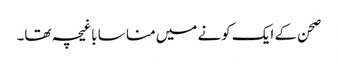
صحن کے ایک کونے میں منا سا باغیچہ تھا۔